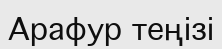
Арафур теңізі